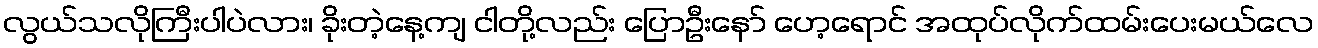
လွယ်သလိုကြီးပါပဲလား၊ ခိုးတဲ့နေ့ကျ ငါတို့လည်း ပြောဦးနော် ဟေ့ရောင် အထုပ်လိုက်ထမ်းပေးမယ်လေ